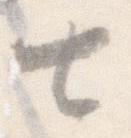
七